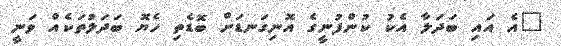
"އެ އައި ބަދަލާ އެކު ކުންފުނީގެ އޮނިގަނޑަށް ބޮޑެތި ހެޔޮ ބަދަލުތަކެއް ވަނީ